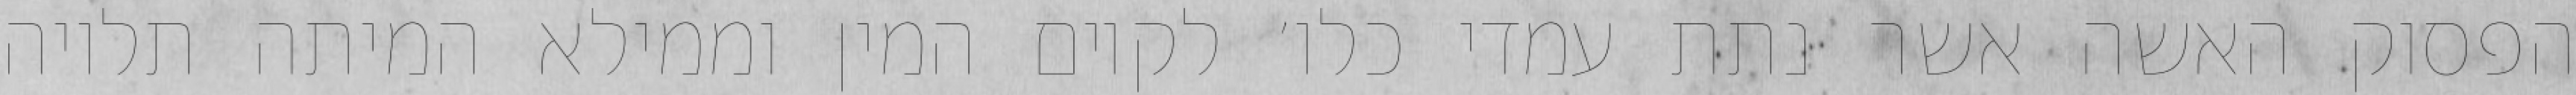
הפסוק האשה אשר נתת עמדי כלו׳ לקיום המין וממילא המיתה תלויה